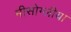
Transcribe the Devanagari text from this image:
मीसोग्लीया